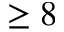
\geq 8